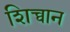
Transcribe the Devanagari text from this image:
शिच्वान